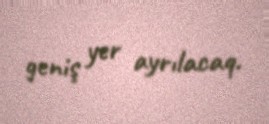
geniş yer ayrılacaq.